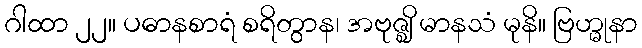
ဂါထာ ၂၂။ ပဓာနစာရံ စရိတွာန၊ အဗုဇ္ဈိ မာနသံ မုနိ။ ဗြဟ္မုနာ